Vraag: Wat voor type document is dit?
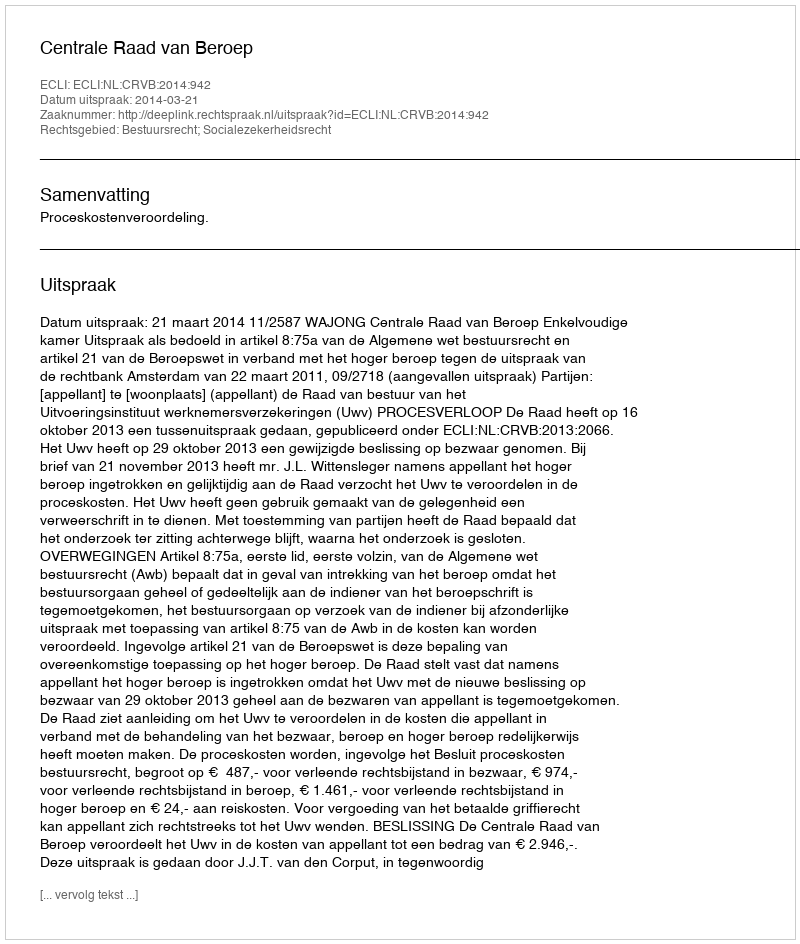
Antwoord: Uitspraak